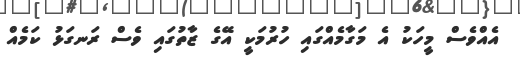
އެއްވެސް މީހަކު އެ މަގާމެއްގައި ހުރުމަކީ އޭގެ ޒާތުގައި ވެސް ރަނގަޅު ކަމެއް